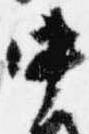
中